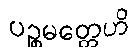
ပဉ္စမတ္တေဟိ